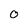
Character: O